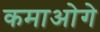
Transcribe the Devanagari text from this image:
कमाओगे